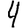
Digit: 4